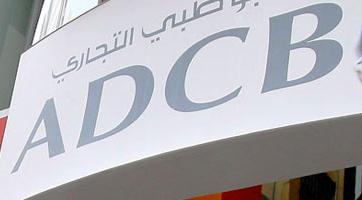
adcb